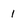
Character: 1